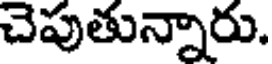
చెపుతున్నారు.